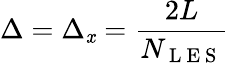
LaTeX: \Delta=\Delta_{\mathit{x}}=\frac{{2L}}{{N_{\mathrm{{~L~E~S~}}}}}